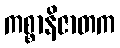
ကစ္စာနိဇာတက